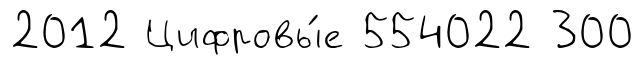
2012 Цифровы́е 554022 300